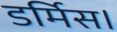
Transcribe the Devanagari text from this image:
डर्मिस।